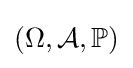
(\Omega ,{\mathcal {A}},\mathbb {P} )